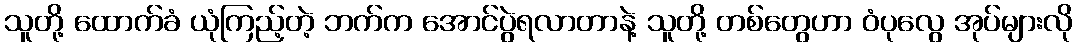
သူတို့ ထောက်ခံ ယုံကြည့်တဲ့ ဘက်က အောင်ပွဲရလာတာနဲ့ သူတို့ တစ်တွေဟာ ဝံပုလွေ အုပ်များလို